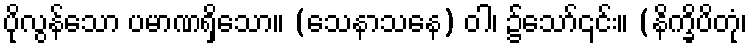
ပိုလွန်သော ပမာဏရှိသော။ (သေနာသနေ) ဝါ၊ ၌သော်၎င်း။ (နိက္ခိပိတုံ၊